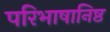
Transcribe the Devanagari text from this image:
परिभाषानिष्ठ